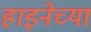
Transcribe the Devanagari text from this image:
हाइनेच्या